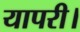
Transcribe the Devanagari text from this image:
यापरी।